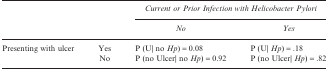
<table><thead><tr><td></td><td></td><td colspan="2"><b><i>Current or Prior Infection with Helicobacter Pylori</i></b></td></tr><tr><td></td><td></td><td><b><i>No</i></b></td><td><b><i>Yes</i></b></td></tr></thead><tbody><tr><td>Presenting with ulcer</td><td>Yes</td><td>P (U| no <i>Hp</i>) = 0.08</td><td>P (U|<i>Hp</i>) = .18</td></tr><tr><td></td><td>No</td><td>P (no Ulcer| no <i>Hp</i>) = 0.92</td><td>P (no Ulcer|<i>Hp</i>) = .82</td></tr></tbody></table>